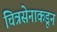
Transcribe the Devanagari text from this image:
चित्रसेनाकडून